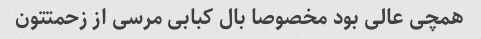
همچی عالی بود مخصوصا بال کبابی مرسی از زحمتتون